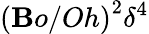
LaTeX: \left({\mathbf{B}o}/{Oh}\right)^{2}\delta^{4}